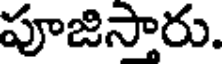
పూజిసారు.